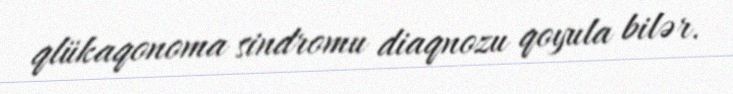
qlükaqonoma sindromu diaqnozu qoyula bilər.